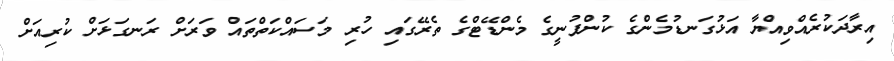
އިރާދަކުރެއްވިއްޔާ އަޅުގަނޑުމެންގެ ކުންފުނީގެ މެންޑޭޓްގެ ތެރޭގައި ހުރި މަސައްކަތްތައް ވަރަށް ރަނގަޅަށް ކުރިއަށް